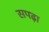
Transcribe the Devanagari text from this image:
सपढ़ा